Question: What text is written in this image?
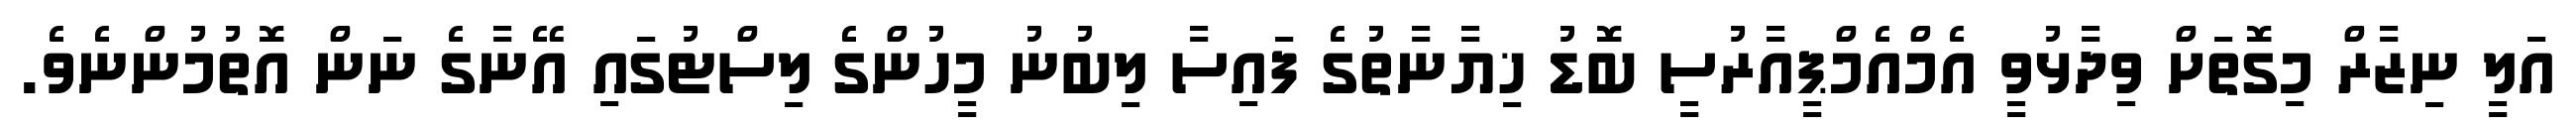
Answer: އަލީ ނިޒާރް މިގޮތަށް ވިދާޅުވީ އެމްއެމްޕީއާރުސީ ބޮޑު ޚިޔާނާތުގެ ފައިސާ ލިބުނު މީހުންގެ ލިސްޓުގައި އޭނާގެ ނަން އޮތުމުންނެވެ.